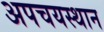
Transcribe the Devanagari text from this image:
अपचयस्थान